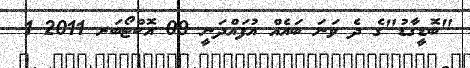
"ބޮޑީގާޑު"ގެ ދެ ވަނަ ބައެއް އުފައްދަނީ 09 އޮކްޓޯބަރ 2011 1